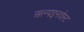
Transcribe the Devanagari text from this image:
अल्पइनवेस्ट